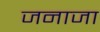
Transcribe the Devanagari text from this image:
जनाजा